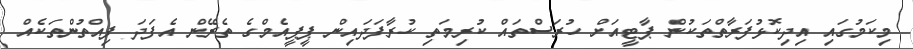
މިކަމުގައި އިދިކޮޅުފަރާތްތަކުން ޕާޓީއަށް ހުރަސްތައް ކުރިމަތި ކުރާފަދައިން ޕީޕީއެމްގެ ތެރޭން އެފަދަ ފިއްތުންތަކެއް